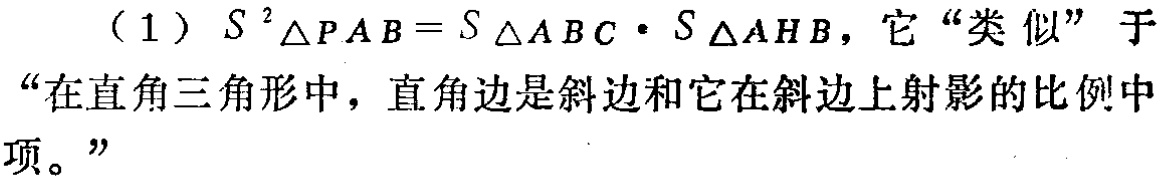
（1）$S^{2}_{\triangle PAB}=S_{\triangle ABC}\cdot S_{\triangle AHB}$，它“类似”于“在直角三角形中，直角边是斜边和它在斜边上射影的比例中项。”